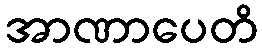
အာဏာပေတိ